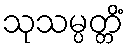
သုသမ္ပတ္တိံ